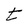
Character: t